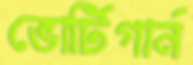
ভোর্টিগার্ন